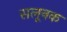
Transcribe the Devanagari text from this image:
सलूनक